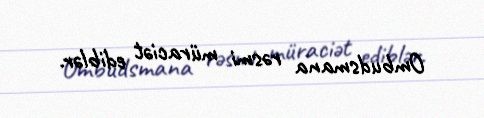
Ombudsmana rəsmi müraciət ediblər.